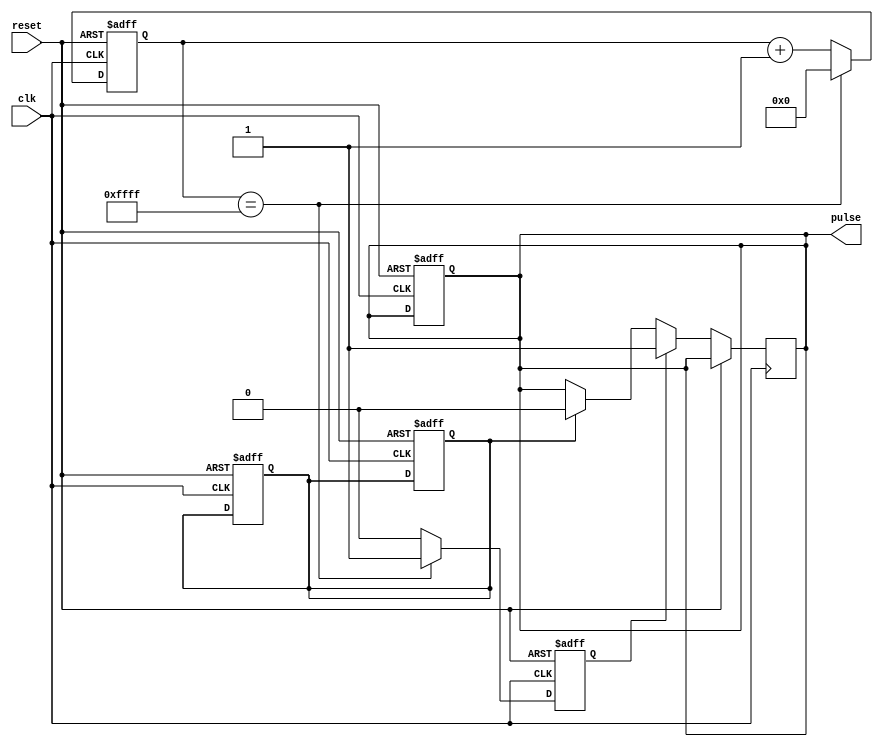
module async_pulse_generator(
    input wire clk,
    input wire reset,
    output reg pulse
);

reg [15:0] counter;
reg pulse_rising_edge;
reg pulse_falling_edge;

always @(posedge clk or posedge reset) begin
    if (reset) begin
        counter <= 16'h0000;
        pulse_rising_edge <= 1'b0;
        pulse_falling_edge <= 1'b0;
        pulse <= 1'b0;
    end else begin
        if (counter == 16'hFFFF) begin
            counter <= 16'h0000;
            pulse_rising_edge <= 1'b1;
        end else begin
            counter <= counter + 1;
            pulse_rising_edge <= 1'b0;
        end
    end
end

always @(posedge clk or posedge reset) begin
    if (reset) begin
        pulse_falling_edge <= 1'b0;
    end else begin
        if (pulse_rising_edge) begin
            pulse <= 1'b1;
        end else if (pulse_falling_edge) begin
            pulse <= 1'b0;
        end
    end
end

endmodule